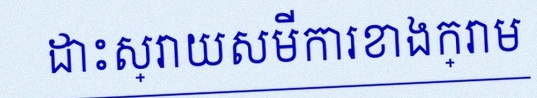
ដោះស្រាយសមីការខាងក្រោម